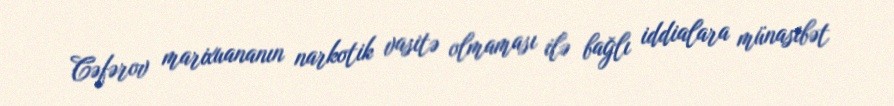
Cəfərov marixuananın narkotik vasitə olmaması ilə bağlı iddialara münasibət